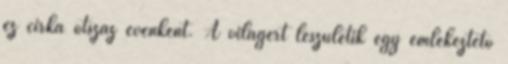
ez cirka ötszáz évenként. A világért leszületik egy emlékeztető